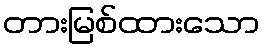
တားမြစ်ထားသော